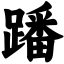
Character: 蹯